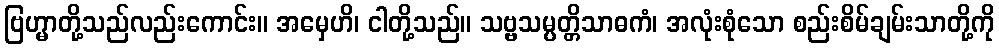
ဗြဟ္မာတို့သည်လည်းကောင်း။ အမှေဟိ၊ ငါတို့သည်။ သဗ္ဗသမ္ပတ္တိသာဓကံ၊ အလုံးစုံသော စည်းစိမ်ချမ်းသာတို့ကို